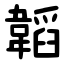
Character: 韜